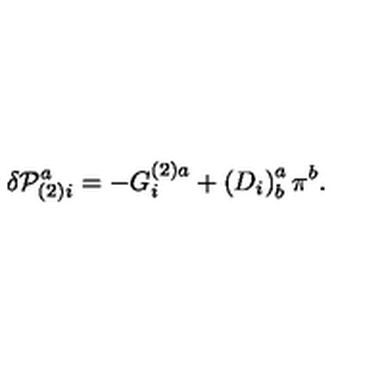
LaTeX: \delta { \cal P } _ { ( 2 ) i } ^ { a } = - G _ { i } ^ { ( 2 ) a } + \left( D _ { i } \right) _ { b } ^ { a } \pi ^ { b } .